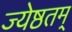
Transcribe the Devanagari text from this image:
ज्येष्ठतम्